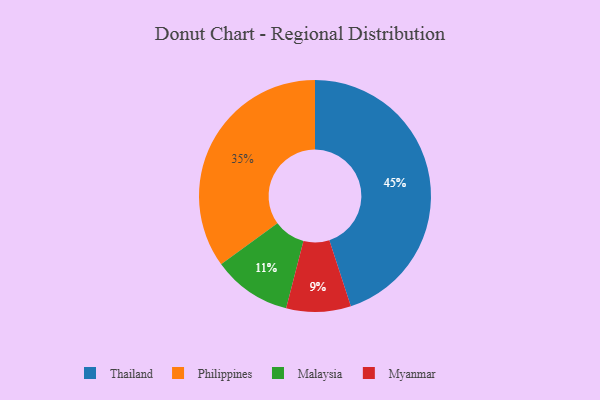
{"axis": {"x": "Category", "y": "Percentage"}, "legend": ["Malaysia", "Myanmar", "Philippines", "Thailand"], "data": [{"x": "Philippines", "y": 35, "type": "Philippines"}, {"x": "Thailand", "y": 45, "type": "Thailand"}, {"x": "Malaysia", "y": 11, "type": "Malaysia"}, {"x": "Myanmar", "y": 9, "type": "Myanmar"}]}